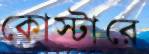
কোস্টারে